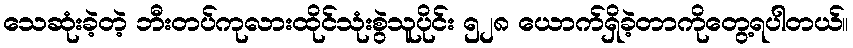
သေဆုံးခဲ့တဲ့ ဘီးတပ်ကုလားထိုင်သုံးစွဲသူပိုင်း ၅၂၈ ယောက်ရှိခဲ့တာကိုတွေ့ရပါတယ်။